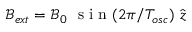
\mathcal { B } _ { e x t } = \mathcal { B } _ { 0 } ~ \mathrm { ~ s ~ i ~ n ~ } ( 2 \pi / T _ { o s c } ) ~ \hat { z }